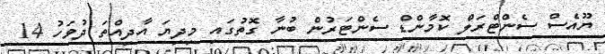
ޔޫއެސް ސެންޓްރަލް ކޮމާންޑް ސެންޓަރުން ބުނާ ގޮތުގައި މިދިޔަ އާދިއްތަ ދުވަހު 14